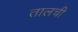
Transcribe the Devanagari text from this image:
तालची